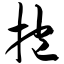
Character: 抱